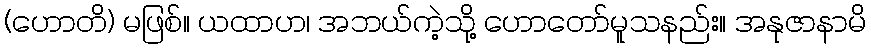
(ဟောတိ) မဖြစ်။ ယထာဟ၊ အဘယ်ကဲ့သို့ ဟောတော်မူသနည်း။ အနုဇာနာမိ